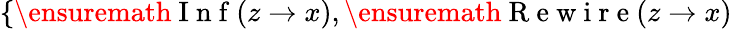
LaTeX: \{ \ensuremath{\mathrm{~I~n~f~}}(z\to x),\ensuremath{\mathrm{~R~e~w~i~r~e~}}(z\to x)